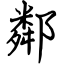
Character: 鄰